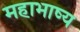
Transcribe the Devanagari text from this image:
महाभाष्‍य